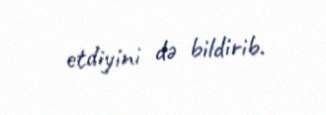
etdiyini də bildirib.